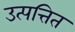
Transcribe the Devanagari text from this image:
उत्पत्तित